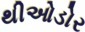
થીઓડોર